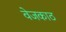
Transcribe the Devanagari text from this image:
वेजकाठ